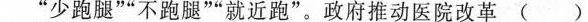
”少跑腿””不跑腿””就近跑”。政府推动医院改革( )